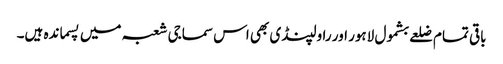
باقی تمام ضلعے بشمول لاہور اور راولپنڈی بھی اس سماجی شعبہ میں پسماندہ ہیں۔